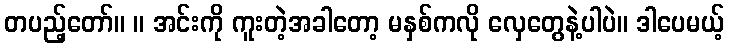
တပည့်တော်။ ။ အင်းကို ကူးတဲ့အခါတော့ မနှစ်ကလို လှေတွေနဲ့ပါပဲ။ ဒါပေမယ့်